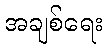
အချစ်ရေး